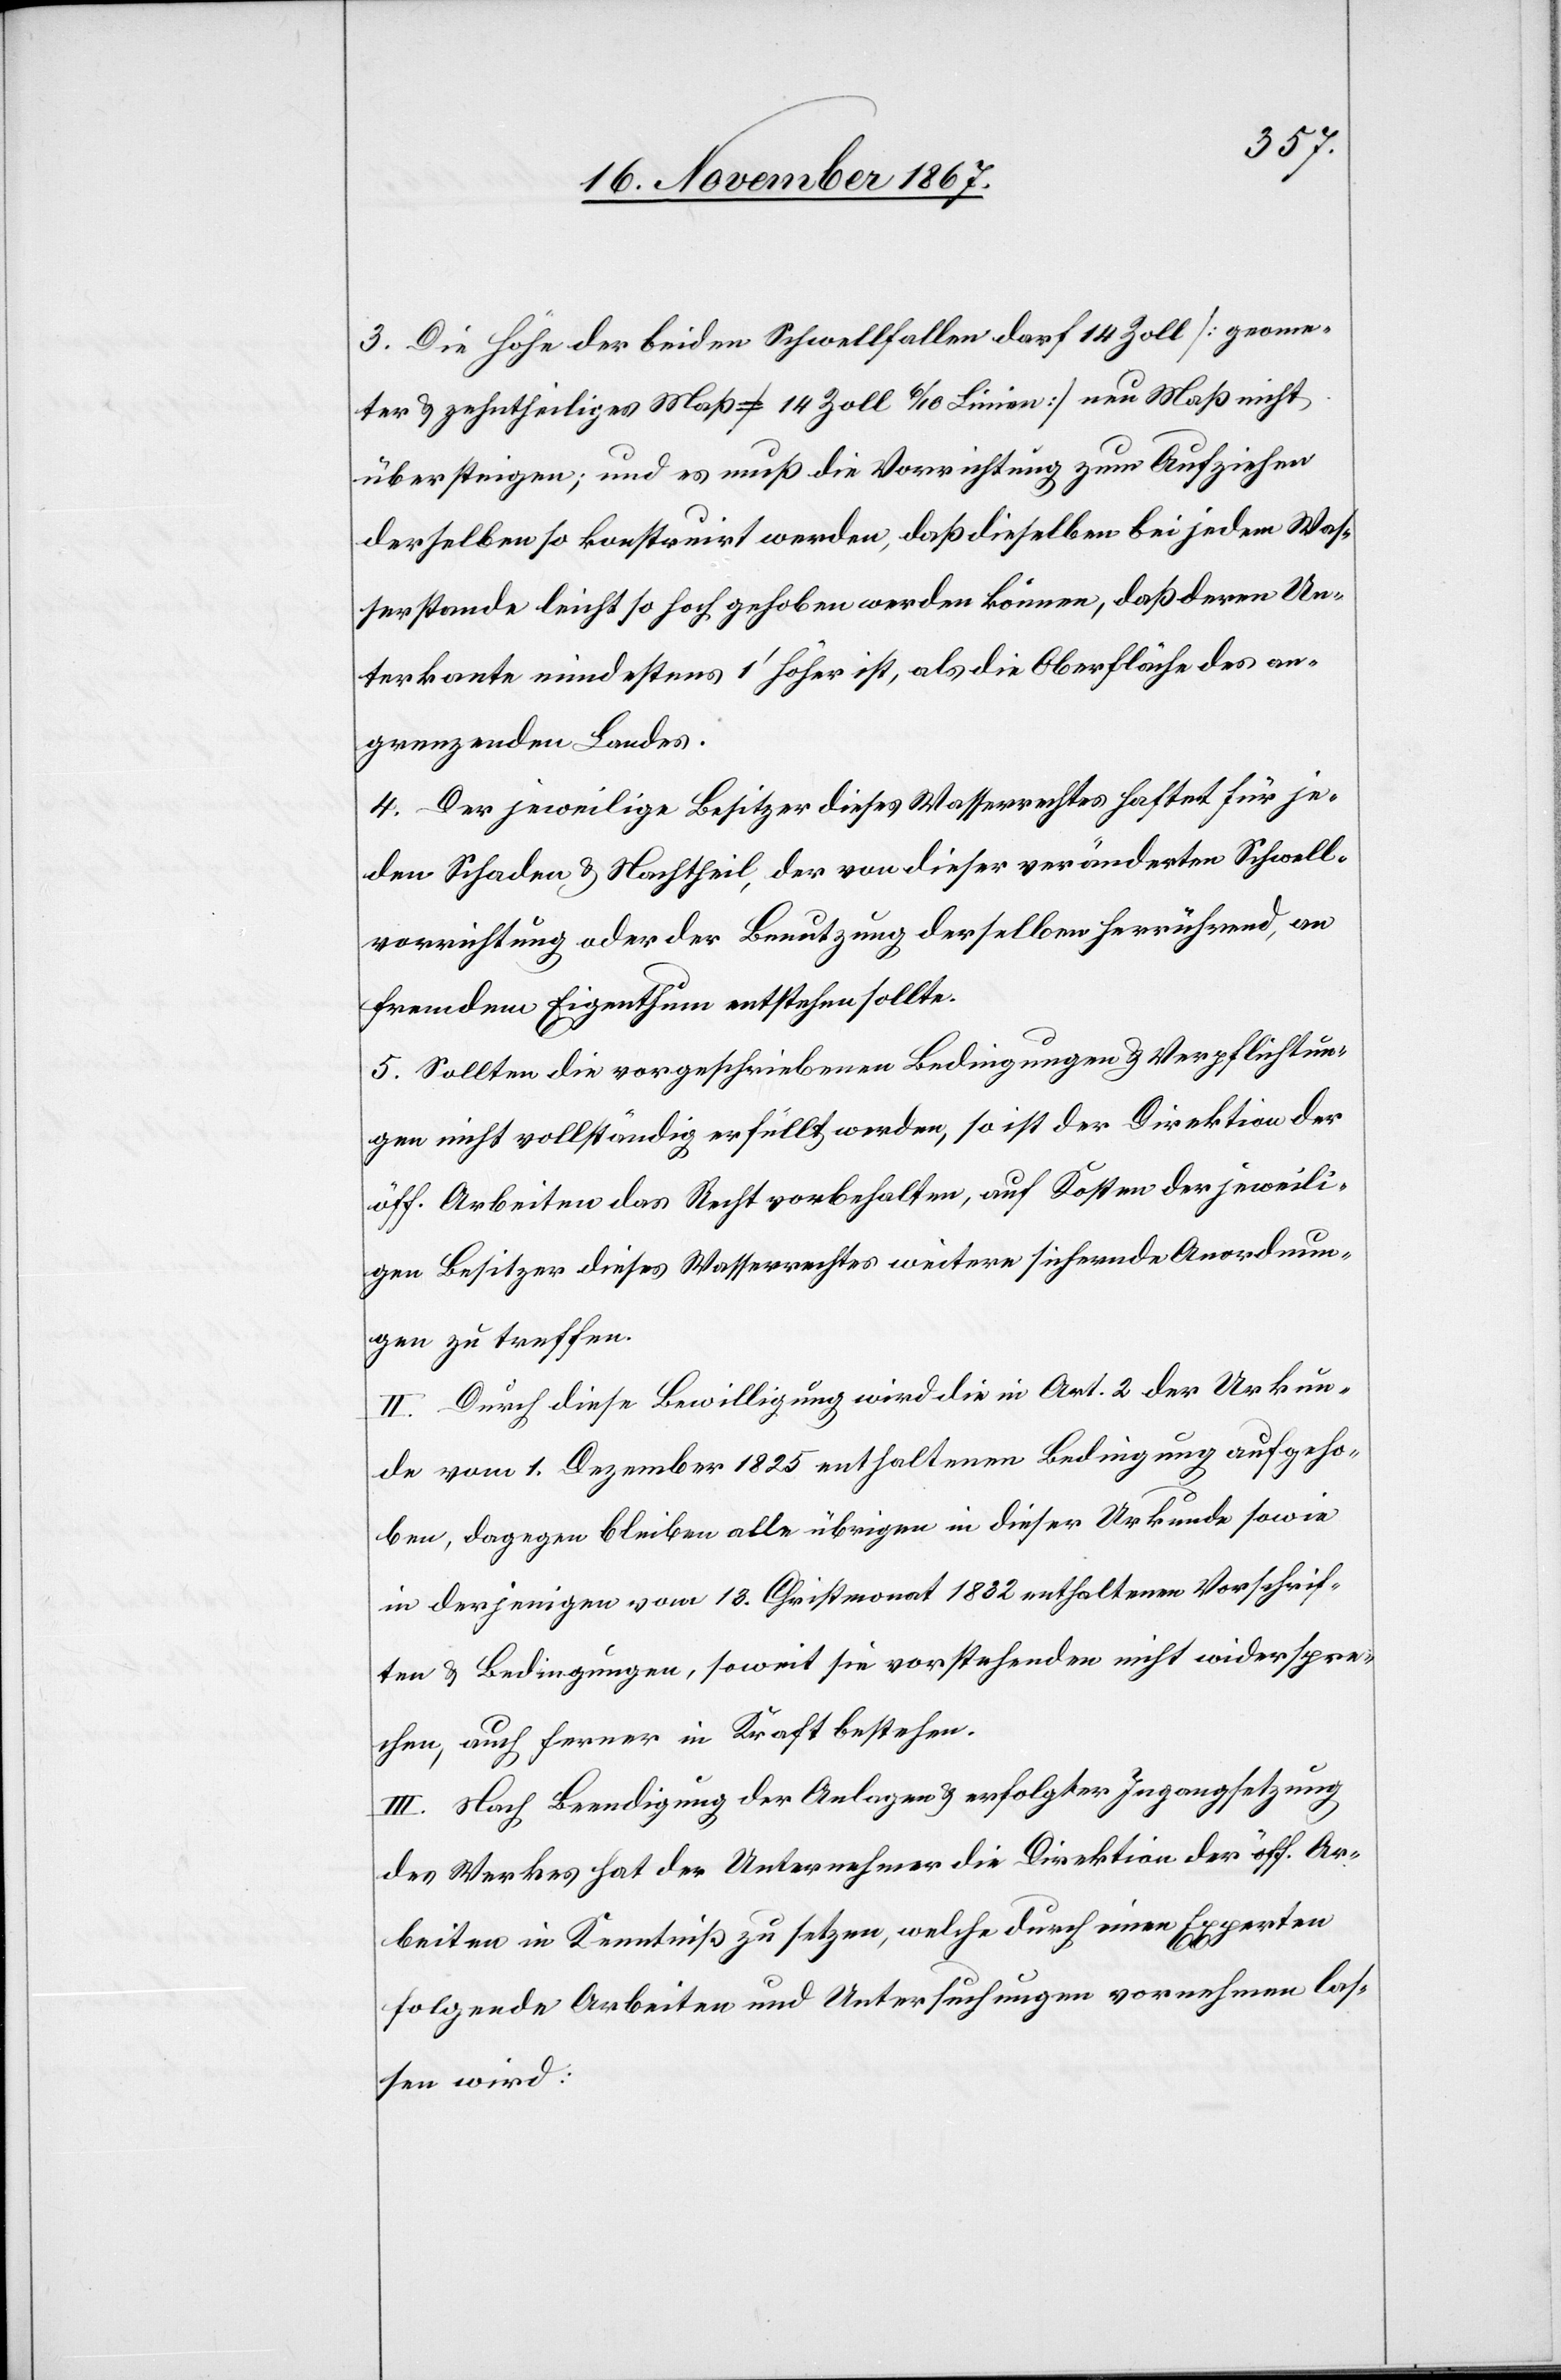
3. Die Höhe der beiden Schwellfallen darf 14 Zoll [geome¬
ter u. zehnteiliges Maß = 14 Zoll 6/10 Linien] neu Maß nicht
übersteigen; und es muß die Vorrichtung zum Aufziehen
derselben so konstruirt werden, daß dieselben bei jedem Was¬
serstande leicht so hoch gehoben werden können, daß deren Un¬
terkante mindestens 1‘ höher ist, als die Oberfläche des an¬
grenzenden Landes.
4. Der jeweilige Besitzer dieses Wasserrechtes haftet für je¬
den Schaden u. Nachtheil, der von dieser veränderten Schwell¬
vorrichtung oder der Benutzung derselben herrührend, an
fremdem Eigenthum entstehen sollte.
5. Sollten die vorgeschriebenen Bedingungen u. Verpflichtun¬
gen nicht vollständig erfüllt werden, so ist der Direktion der
öff. Arbeiten das Recht vorbehalten, auf Kosten der jeweili¬
gen Besitzer dieses Wasserrechtes weitere sichernde Anordnun¬
gen zu treffen.
II. Durch diese Bewilligung wird die in Art. 2 der Urkun¬
de vom 1. Dezember 1825 enthaltene Bedingung aufgeho¬
ben, dagegen bleiben alle übrigen in dieser Urkunde sowie
in derjenigen vom 13. Christmonat 1832 enthaltenen Vorschrif¬
ten u. Bedingungen, soweit sie vorstehende nicht widerspre¬
chen, auch ferner in Kraft bestehen.
III. Nach Beendigung der Anlangen u. erfolgter Ingangsetzung
des Werkes hat der Unternehmer die Direktion der öff. Ar¬
beiten in Kenntniß zu setzen, welche durch einen Experten
folgende Arbeiten und Untersuchungen vornehmen las¬
sen wird: